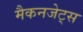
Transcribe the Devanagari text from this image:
मैकनजेट्स